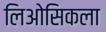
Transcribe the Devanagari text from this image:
लिओसिकला